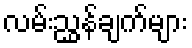
လမ်းညွှန်ချက်များ